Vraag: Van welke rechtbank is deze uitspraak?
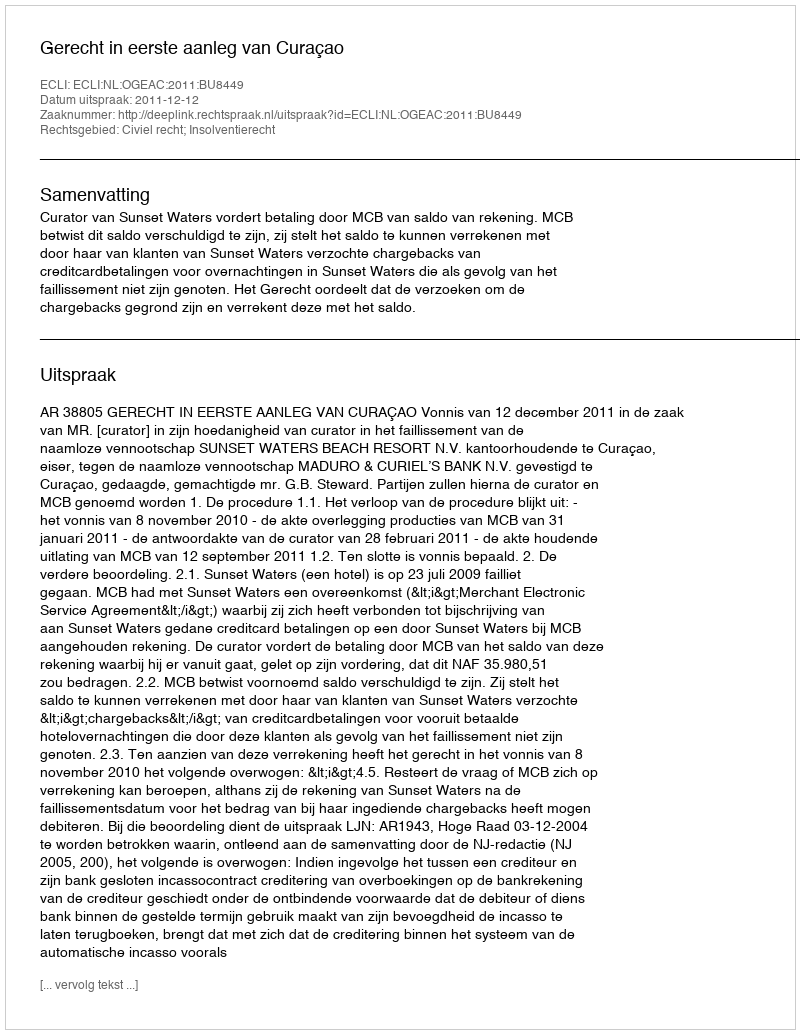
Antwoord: Gerecht in eerste aanleg van Curaçao